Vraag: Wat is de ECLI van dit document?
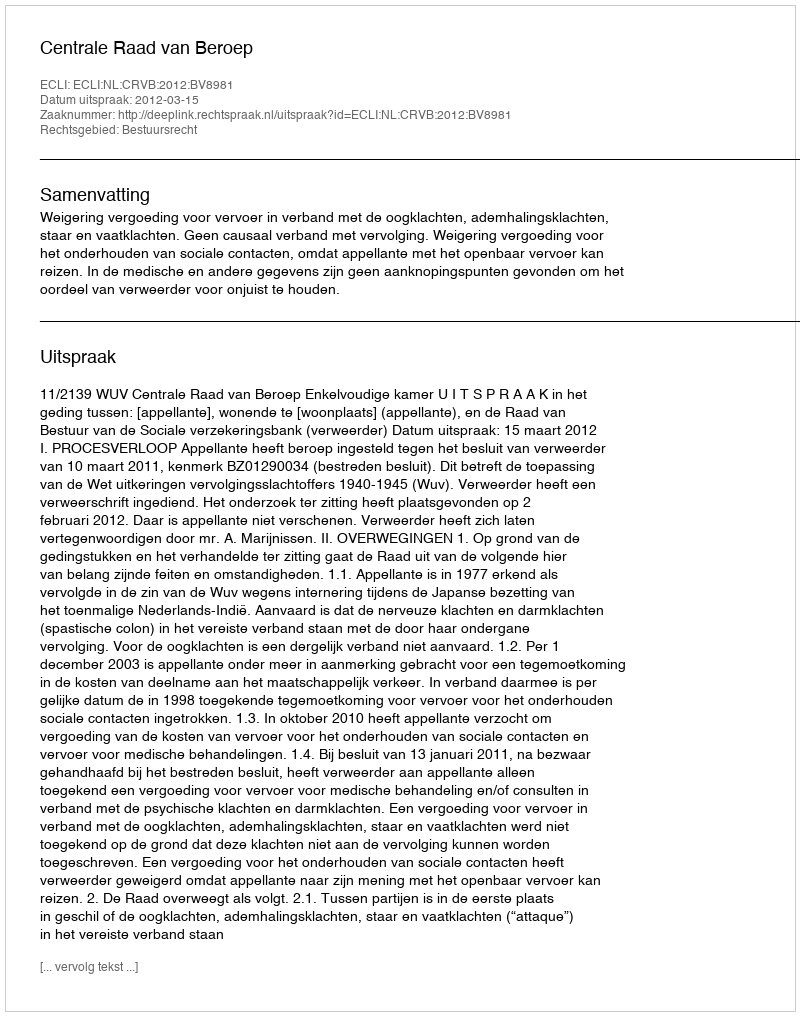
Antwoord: ECLI:NL:CRVB:2012:BV8981